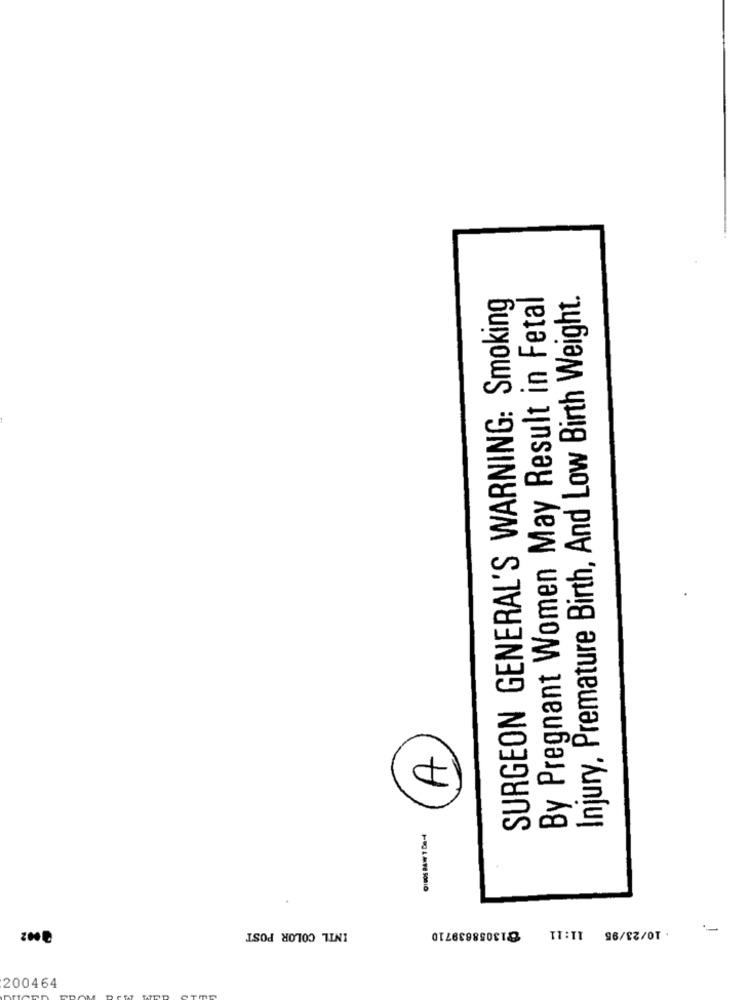
SURGEON GENERAL'S WARNING: Smoking
By Pregnant Women May Result in Fetal
Injury, Premature Birth, And Low Birth Weight.
INTL COLOR POST
. 10/23/95 11:11 @13058639710
200464